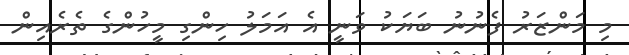
މި މަންޒަރު ފެނުނު ބަޔަކު ވަނީ އެ އަމަލު ހިންގި މީހުންގެ ތެރެއިން